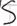
Text: S